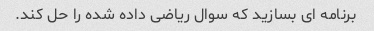
برنامه ای بسازید که سوال ریاضی داده شده را حل کند.